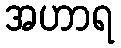
အဟာရ